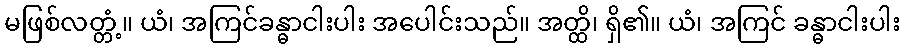
မဖြစ်လတ္တံ့။ ယံ၊ အကြင်ခန္ဓာငါးပါး အပေါင်းသည်။ အတ္ထိ၊ ရှိ၏။ ယံ၊ အကြင် ခန္ဓာငါးပါး